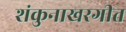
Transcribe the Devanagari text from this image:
शंकुनाखरगीत